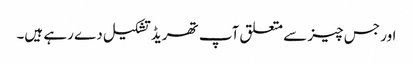
اور جس چیز سے متعلق آپ تھریڈ تشکیل دے رہے ہیں۔